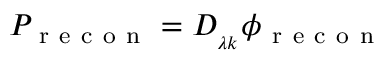
P _ { \mathrm { ~ r ~ e ~ c ~ o ~ n ~ } } = D _ { _ { \lambda k } } \phi _ { \mathrm { ~ r ~ e ~ c ~ o ~ n ~ } }